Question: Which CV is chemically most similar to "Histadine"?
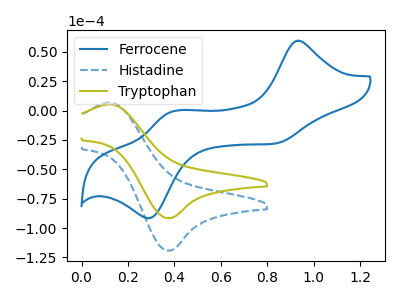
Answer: <think>The blue curve "Ferrocene" has anodic peaks at (0.95V, 59.40uA) (0.40V, -0.75uA) and cathodic peaks at (0.85V, -28.25uA) (0.30V, -91.60uA). The blue dashed curve "Histadine" has an anodic peak at (0.10V, 6.95uA) and a cathodic peak at (0.40V, -119.40uA). The olive curve "Tryptophan" has an anodic peak at (0.10V, 5.35uA) and a cathodic peak at (0.40V, -91.70uA).
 "Ferrocene" and "Histadine" have a different number of peaks. "Ferrocene" and "Tryptophan" have a different number of peaks. All the peaks in "Histadine" have a peak in "Tryptophan" at the same potential. Every peak in "Histadine" is higher than every peak in "Tryptophan".</think>
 <answer>The CV with the most similar shape to "Tryptophan" is "Histadine".</answer>
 <eval>"Histadine"</eval>